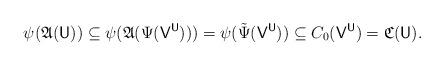
LaTeX: \begin{align*} \psi(\mathfrak A(\mathsf U)) \subseteq \psi(\mathfrak A(\Psi(\mathsf V^{\mathsf U}))) = \psi(\tilde \Psi(\mathsf V^{\mathsf U})) \subseteq C_0(\mathsf V^{\mathsf U}) = \mathfrak C(\mathsf U).\end{align*}